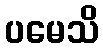
ပမေသိ